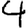
Digit: 4